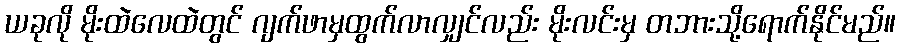
ယခုလို မိုးထဲလေထဲတွင် ဂျက်ဖာမှထွက်လာလျှင်လည်း မိုးလင်းမှ တဘားသို့ရောက်နိုင်မည်။